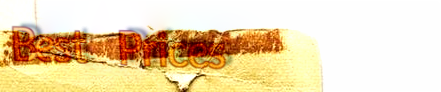
Best Prices